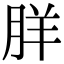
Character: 羘